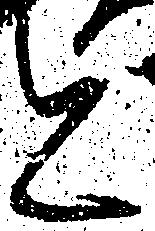
と